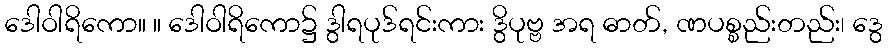
ဒေါဝါရိကော။ ။ ဒေါဝါရိကော၌ ဒွါရပုဒ်ရင်းကား ဒွိပုဗ္ဗ အရ ဓာတ်, ဏပစ္စည်းတည်း၊ ဒွေ